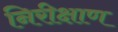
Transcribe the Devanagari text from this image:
निरीक्षाण